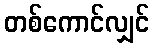
တစ်ကောင်လျှင်